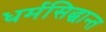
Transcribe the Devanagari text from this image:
धर्मसिद्धान्त